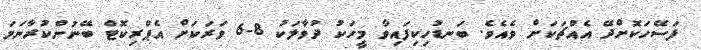
ފަސޭހަކޮށްދޭ އެއްޗަކަށް ވެއެވެ. ބަނޑުހިކިފައިވާ މީހަކު ދުވާލަކު 8-6 ވަރަކަށް އެޕްރިކޮޓް ބޭނުންކުރާނަމަ